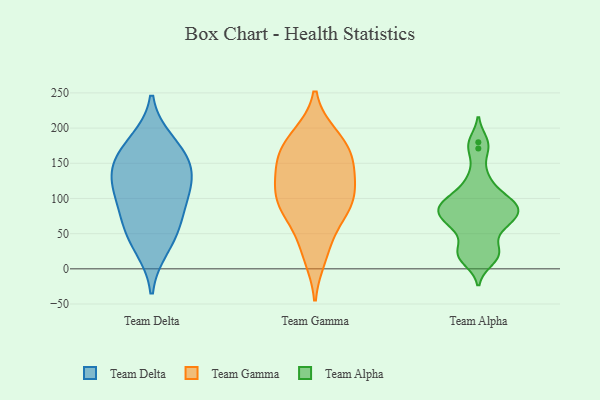
{"axis": {"x": "Market Share (%)", "y": "Value"}, "legend": ["Team Alpha", "Team Delta", "Team Gamma"], "data": [{"x": "", "y": 65, "type": "Team Delta"}, {"x": "", "y": 141, "type": "Team Delta"}, {"x": "", "y": 125, "type": "Team Delta"}, {"x": "", "y": 166, "type": "Team Delta"}, {"x": "", "y": 104, "type": "Team Delta"}, {"x": "", "y": 148, "type": "Team Delta"}, {"x": "", "y": 180, "type": "Team Delta"}, {"x": "", "y": 55, "type": "Team Delta"}, {"x": "", "y": 102, "type": "Team Delta"}, {"x": "", "y": 31, "type": "Team Delta"}, {"x": "", "y": 167, "type": "Team Gamma"}, {"x": "", "y": 115, "type": "Team Gamma"}, {"x": "", "y": 153, "type": "Team Gamma"}, {"x": "", "y": 188, "type": "Team Gamma"}, {"x": "", "y": 80, "type": "Team Gamma"}, {"x": "", "y": 105, "type": "Team Gamma"}, {"x": "", "y": 80, "type": "Team Gamma"}, {"x": "", "y": 32, "type": "Team Gamma"}, {"x": "", "y": 18, "type": "Team Gamma"}, {"x": "", "y": 81, "type": "Team Gamma"}, {"x": "", "y": 189, "type": "Team Gamma"}, {"x": "", "y": 98, "type": "Team Gamma"}, {"x": "", "y": 139, "type": "Team Gamma"}, {"x": "", "y": 116, "type": "Team Gamma"}, {"x": "", "y": 170, "type": "Team Gamma"}, {"x": "", "y": 151, "type": "Team Gamma"}, {"x": "", "y": 75, "type": "Team Alpha"}, {"x": "", "y": 93, "type": "Team Alpha"}, {"x": "", "y": 65, "type": "Team Alpha"}, {"x": "", "y": 91, "type": "Team Alpha"}, {"x": "", "y": 180, "type": "Team Alpha"}, {"x": "", "y": 85, "type": "Team Alpha"}, {"x": "", "y": 171, "type": "Team Alpha"}, {"x": "", "y": 115, "type": "Team Alpha"}, {"x": "", "y": 23, "type": "Team Alpha"}, {"x": "", "y": 23, "type": "Team Alpha"}, {"x": "", "y": 99, "type": "Team Alpha"}, {"x": "", "y": 12, "type": "Team Alpha"}, {"x": "", "y": 89, "type": "Team Alpha"}, {"x": "", "y": 59, "type": "Team Alpha"}, {"x": "", "y": 61, "type": "Team Alpha"}, {"x": "", "y": 79, "type": "Team Alpha"}, {"x": "", "y": 133, "type": "Team Alpha"}, {"x": "", "y": 24, "type": "Team Alpha"}]}